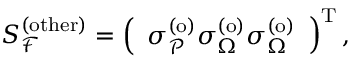
S _ { \mathcal { F } } ^ { \mathrm { ( o t h e r ) } } = \left( \begin{array} { l } { \sigma _ { \mathcal { P } } ^ { \mathrm { ( o ) } } \sigma _ { \Omega } ^ { \mathrm { ( o ) } } \sigma _ { \Omega } ^ { \mathrm { ( o ) } } } \end{array} \right) ^ { \mathrm { T } } ,